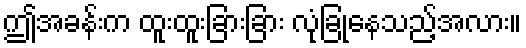
ဤအခန်းက ထူးထူးခြားခြား လုံခြုံနေသည့်အလား။